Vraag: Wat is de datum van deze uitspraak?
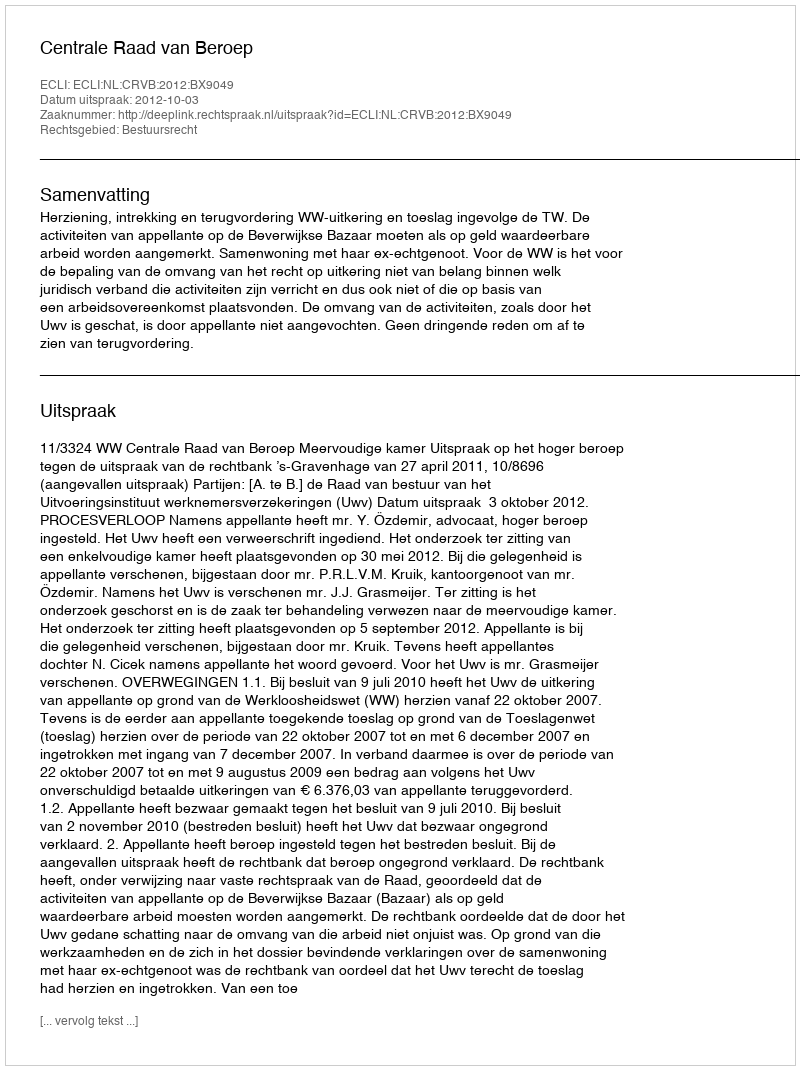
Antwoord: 2012-10-03